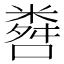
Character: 𬖨